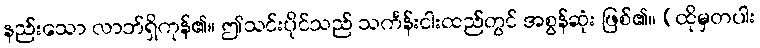
နည်းသော လာဘ်ရှိကုန်၏။ ဤသင်းပိုင်သည် သင်္ကန်းငါးထည်တွင် အစွန်ဆုံး ဖြစ်၏။ (ထိုမှတပါး